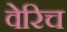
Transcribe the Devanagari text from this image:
वेरिच